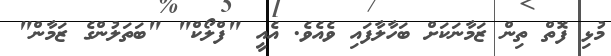
މުޅި ފޮތް ތިން ޒަމާނަކަށް ބަހާލާފައި ވެއެވެ. އެއީ "ފްލޯކް" "ބަތަލުންގެ ޒަމާން"